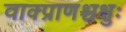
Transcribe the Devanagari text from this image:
वाक्प्राणश्चक्षुः